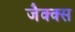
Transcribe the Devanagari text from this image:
जैक्क्स